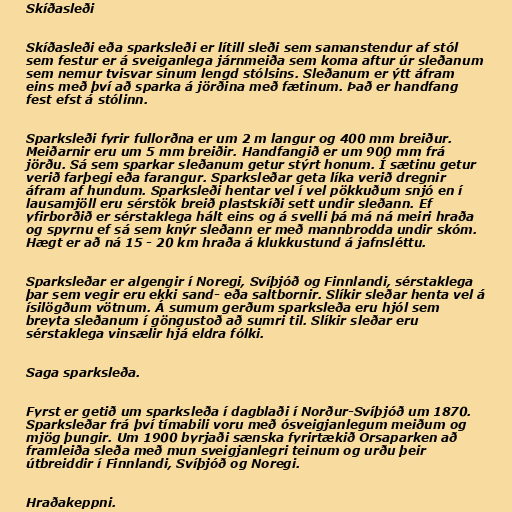
Skíðasleði

Skíðasleði eða sparksleði er lítill sleði sem samanstendur af stól
sem festur er á sveiganlega járnmeiða sem koma aftur úr sleðanum
sem nemur tvisvar sinum lengd stólsins. Sleðanum er ýtt áfram
eins með því að sparka á jörðina með fætinum. Það er handfang
fest efst á stólinn.

Sparksleði fyrir fullorðna er um 2 m langur og 400 mm breiður.
Meiðarnir eru um 5 mm breiðir. Handfangið er um 900 mm frá
jörðu. Sá sem sparkar sleðanum getur stýrt honum. Í sætinu getur
verið farþegi eða farangur. Sparksleðar geta líka verið dregnir
áfram af hundum. Sparksleði hentar vel í vel pökkuðum snjó en í
lausamjöll eru sérstök breið plastskíði sett undir sleðann. Ef
yfirborðið er sérstaklega hált eins og á svelli þá má ná meiri hraða
og spyrnu ef sá sem knýr sleðann er með mannbrodda undir skóm.
Hægt er að ná 15 - 20 km hraða á klukkustund á jafnsléttu.

Sparksleðar er algengir í Noregi, Svíþjóð og Finnlandi, sérstaklega
þar sem vegir eru ekki sand- eða saltbornir. Slíkir sleðar henta vel á
ísilögðum vötnum. Á sumum gerðum sparksleða eru hjól sem
breyta sleðanum í göngustoð að sumri til. Slíkir sleðar eru
sérstaklega vinsælir hjá eldra fólki.

Saga sparksleða.

Fyrst er getið um sparksleða í dagblaði í Norður-Svíþjóð um 1870.
Sparksleðar frá því tímabili voru með ósveigjanlegum meiðum og
mjög þungir. Um 1900 byrjaði sænska fyrirtækið Orsaparken að
framleiða sleða með mun sveigjanlegri teinum og urðu þeir
útbreiddir í Finnlandi, Svíþjóð og Noregi.

Hraðakeppni.